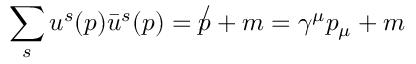
\sum _ { s } u ^ { s } ( p ) { \bar { u } } ^ { s } ( p ) = \not p + m = \gamma ^ { \mu } p _ { \mu } + m